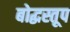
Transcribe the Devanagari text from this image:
बोद्धस्तूप